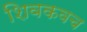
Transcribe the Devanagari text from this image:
शिवकवच